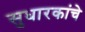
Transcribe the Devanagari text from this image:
सुधारकांचे